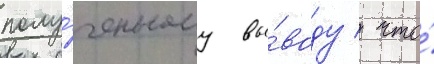
полу́ченному вы́воду / что́